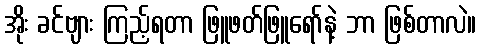
အိုး ခင်ဗျား ကြည့်ရတာ ဖြူဖတ်ဖြူရော်နဲ့ ဘာ ဖြစ်တာလဲ။